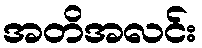
အတိအလင်း